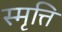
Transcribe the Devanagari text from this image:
स्मृत्ति